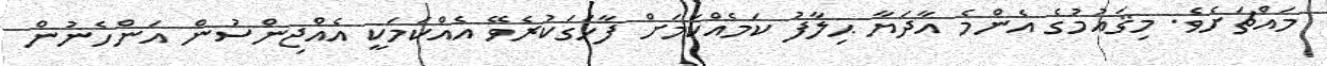
މައްޗަށެވެ. މިޤައުމުގެ އެންމެ އާދަޔާ ޙިލާފު ކަމެއްކަމަށް ފާހަގަކުރެވޭ އެއްކަމަކީ އެއްޖިންސުން އަންހެނުން